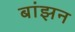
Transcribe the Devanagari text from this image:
बांझन